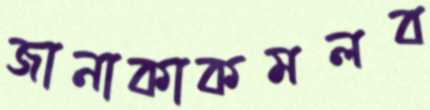
জানাকাকমলব